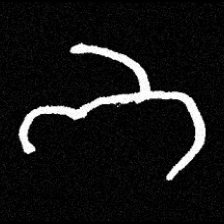
Pyu character \u2014 Myanmar letter: ဘ (romanized: bha)